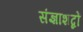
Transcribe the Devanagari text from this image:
संज्ञाशब्दों